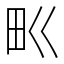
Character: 𤰕